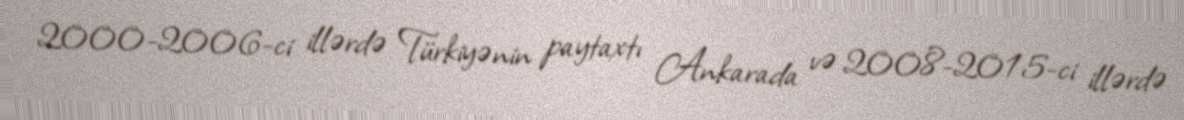
2000-2006-ci illərdə Türkiyənin paytaxtı Ankarada və 2008-2015-ci illərdə